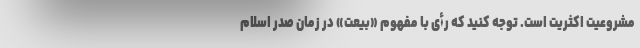
مشروعیت اکثریت است. توجه کنید که رأی با مفهوم «بیعت» در زمان صدر اسلام